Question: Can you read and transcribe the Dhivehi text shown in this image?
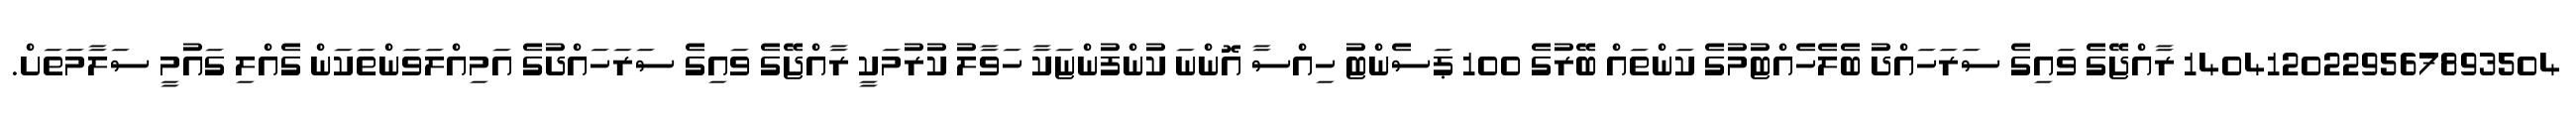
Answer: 1404120229567893504 ރާއްޖޭގެ ވައިގެ ސަރަހައްދު ބެލެހެއްޓުމުގެ ކަންތައް ބޭރުގެ 100 ޕަސެންޓު ހިއްސާ އޮންނަ ކުންފުންޏަކާ ހަވާލު ކުރުމަކީ ރާއްޖޭގެ ވައިގެ ސަރަހައްދުގެ އަމިއްލަވަންތަކަން ގެއްލި ގައުމީ ސަލާމަތަށް.